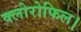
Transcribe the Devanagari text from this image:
क्लोरोफिल।